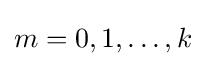
m=0,1,\dots ,k